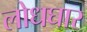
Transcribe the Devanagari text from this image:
लोधघार